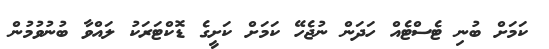
ކަމަށް ބުނި ޓެސްޓެއް ހަދަން ނުޖެހޭ ކަމަށް ކަށީގެ ޑޮކްޓަރަކު ލައްވާ ބުނުވުމުން